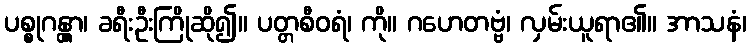
ပစ္စုဂန္တွာ၊ ခရီးဦးကြိုဆို၍။ ပတ္တစီဝရံ၊ ကို။ ဂဟေတဗ္ဗံ၊ လှမ်းယူရာ၏။ အာသနံ၊